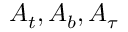
A _ { t } , A _ { b } , A _ { \tau }